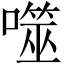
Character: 噬